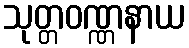
သုတ္တဝဏ္ဏနာယ